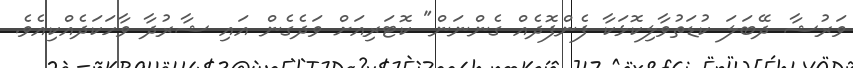
ވަރުޝާ ދޭބަލަ ކުޑަތުވާލިކޮޅަކާ ފެންފޮދެއް ގެންނަން" ކޮޓަރިއަށް ވަދެގެން އައި ޝާރުދާ ވާހަކަދެއްކިއެވެ.